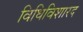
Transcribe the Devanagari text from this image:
विधिविशारद